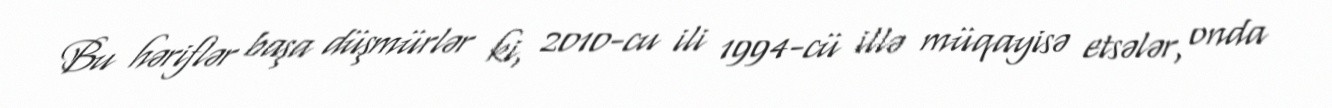
Bu həriflər başa düşmürlər ki, 2010-cu ili 1994-cü illə müqayisə etsələr, onda